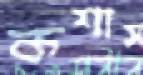
কশাস